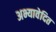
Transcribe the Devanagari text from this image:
अभ्यावेदित